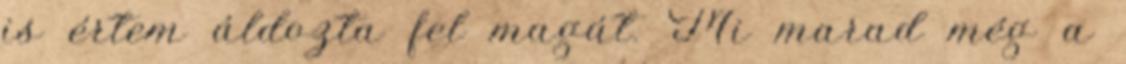
is értem áldozta fel magát. Mi marad még a